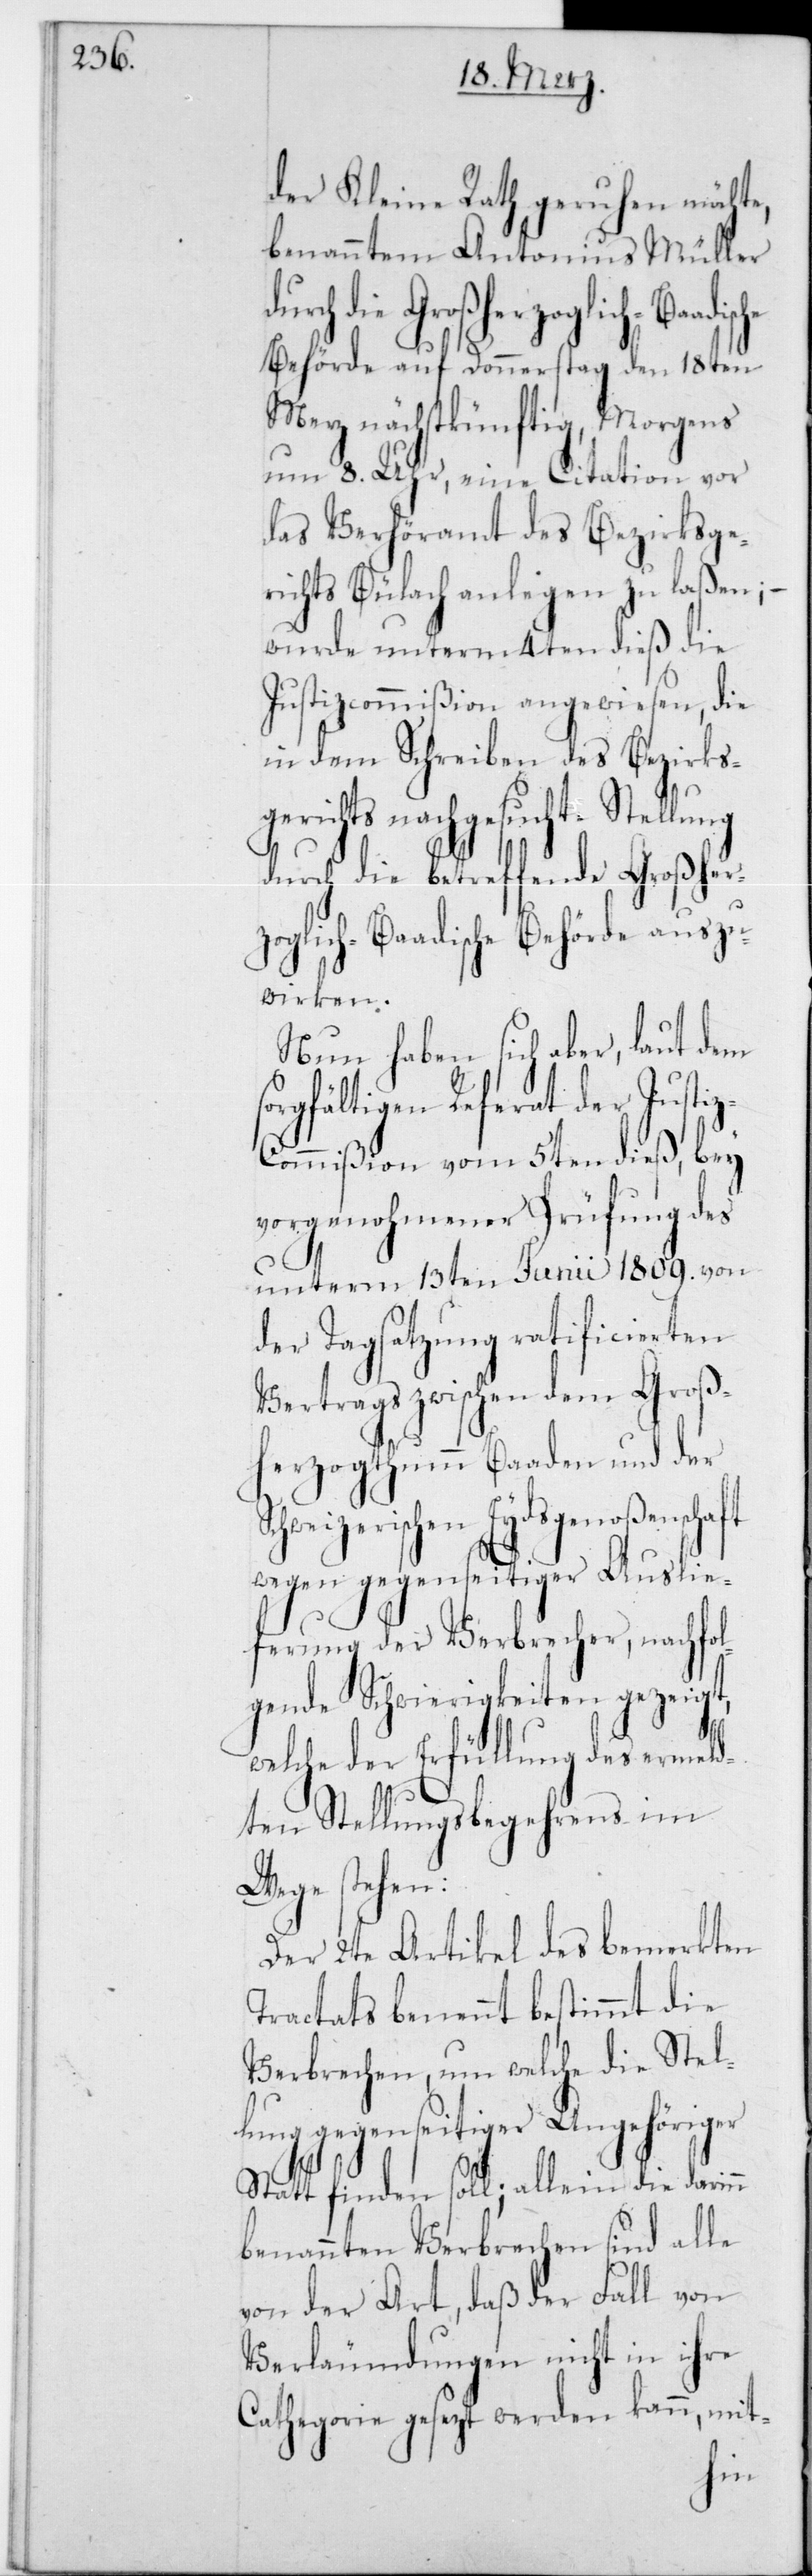
der Kleine Rath geruhen möchte,
benanntem Antonius Müller
die Großherzoglich-Baadi¬
Behörde auf Donnerstag den 18ten
Merz nächstkünftig, Morgens
um 8 Uhr, eine Citation vor
das Verhöramt des Bezirksge¬
richt Bülach anlegen zu laßen; –
wurde unterm 4ten dieß die
Justizcommißion angewiesen, die
in dem Schreiben des Bezirks¬
gerichts nachgesuchte Stellung
durch die betreffende Großher¬
zoglich-Baadische Behörde auszu¬
wirken.
Nun haben sich aber, laut dem
sorgfältigen Referat der Justi¬
ommißion vom 5ten dieß, bei
vorgenohmener Prüfung des
unterm 13ten Junii 1809 von
der Tagsatzung ratificierten
Vertrags zwischen dem Groß¬
herzogthumm Baaden und der
hweizerischen Eydsgenoßenschaft
wegen gegenseitiger Auslie¬
ferung der Verbrecher, nachfol¬
gende Schwierigkeiten gezeigt,
welche der Erfüllung des ermeld¬
ten Stellungsbegehrens im
Wege stehen:
Der 2te Artikel des bemerkten
Tractats benennt bestimmt die
Verbrechen, um welche die Stel¬
lung gegenseitiger Angehöriger
stattfinden soll; allein die darinn
benannten Verbrechen sind alle
von der Art, daß der Fall von
Verläumdungen nicht in ihre
Cathegorie gesezt werden kann, mit-
Sc¬